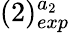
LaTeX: (2)_{exp}^{a_{2}}